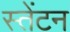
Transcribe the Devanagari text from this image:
स्तेंटन